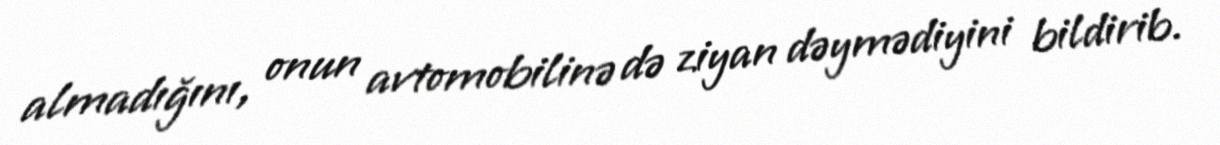
almadığını, onun avtomobilinə də ziyan dəymədiyini bildirib.